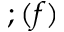
; ( f )